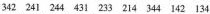
342 241 244 431 233 214 344 142 134